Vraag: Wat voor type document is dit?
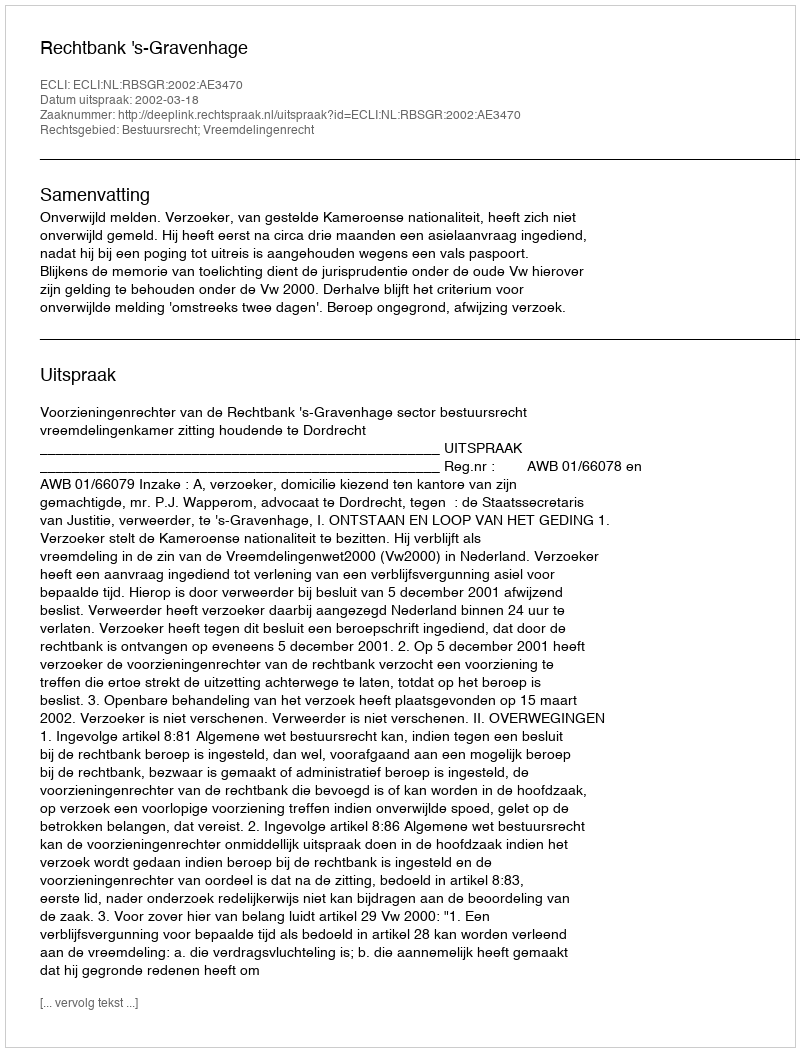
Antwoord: Uitspraak